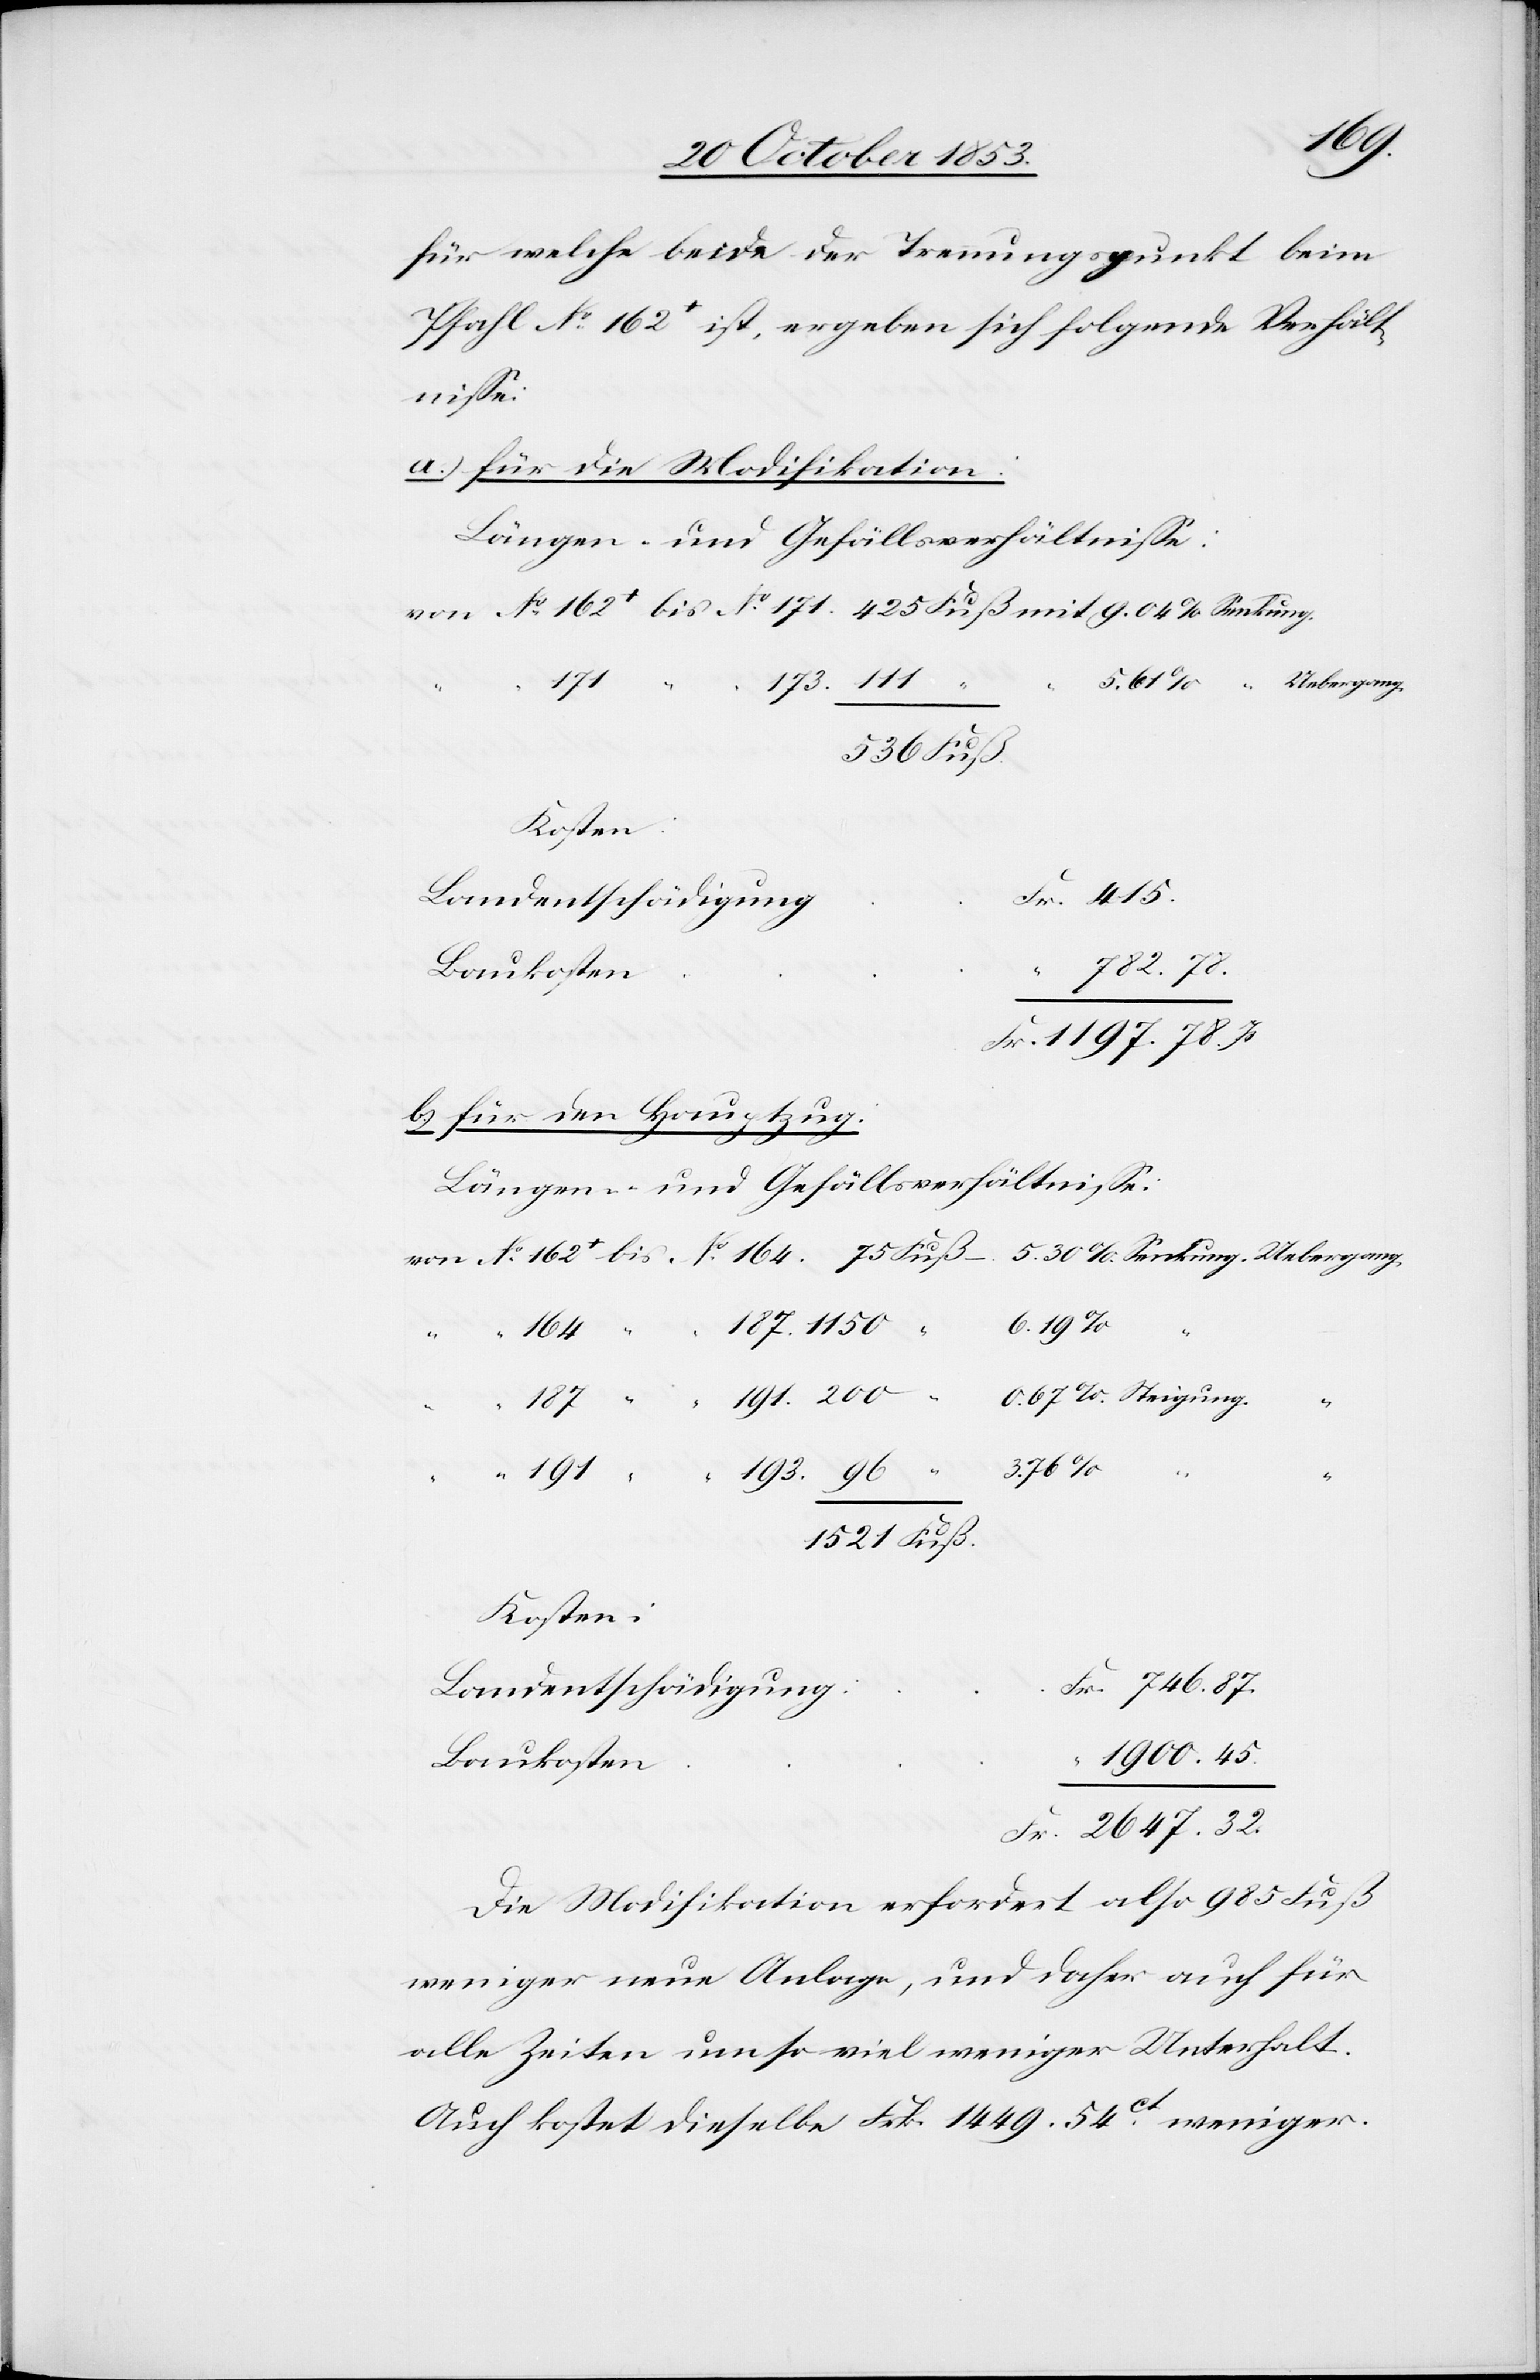
96.
für welche beide der Trennungspunkt beim
Pfahl N° 162 ist, ergeben sich folgende Verhält¬
niße:
a.) für die Modifikation:
Längen- und Gefällsverhältniße:
von N° 162 bis N° 171. 425 Fuß mit 9.04% Senkung.
5.61% “		. Uebergang.
173. 111
536 Fuß
Kosten
g	Fr. 415.
Landentschädigun¬
782.78
Fr. 1197.78 Rp.
b) für den Hauptzug:
Längen- und Gefällsverhältniße:
von N° 162 bis N° 164. 	75 Fuß – 5.30% Senkung. Uebergang.
3.76% “
1521 Fuß
Kosten:
g	Fr. 746.87.
1900.45.
Fr. 2647.32
Die Modifikation erfordert also 985 Fuß
weniger neue Anlage, und daher auch alle
für Zeiten umso viel weniger Unterhalt.
200.
Auch kostet dieselbe Frk. 1449.54 ct weniger.